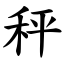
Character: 秤